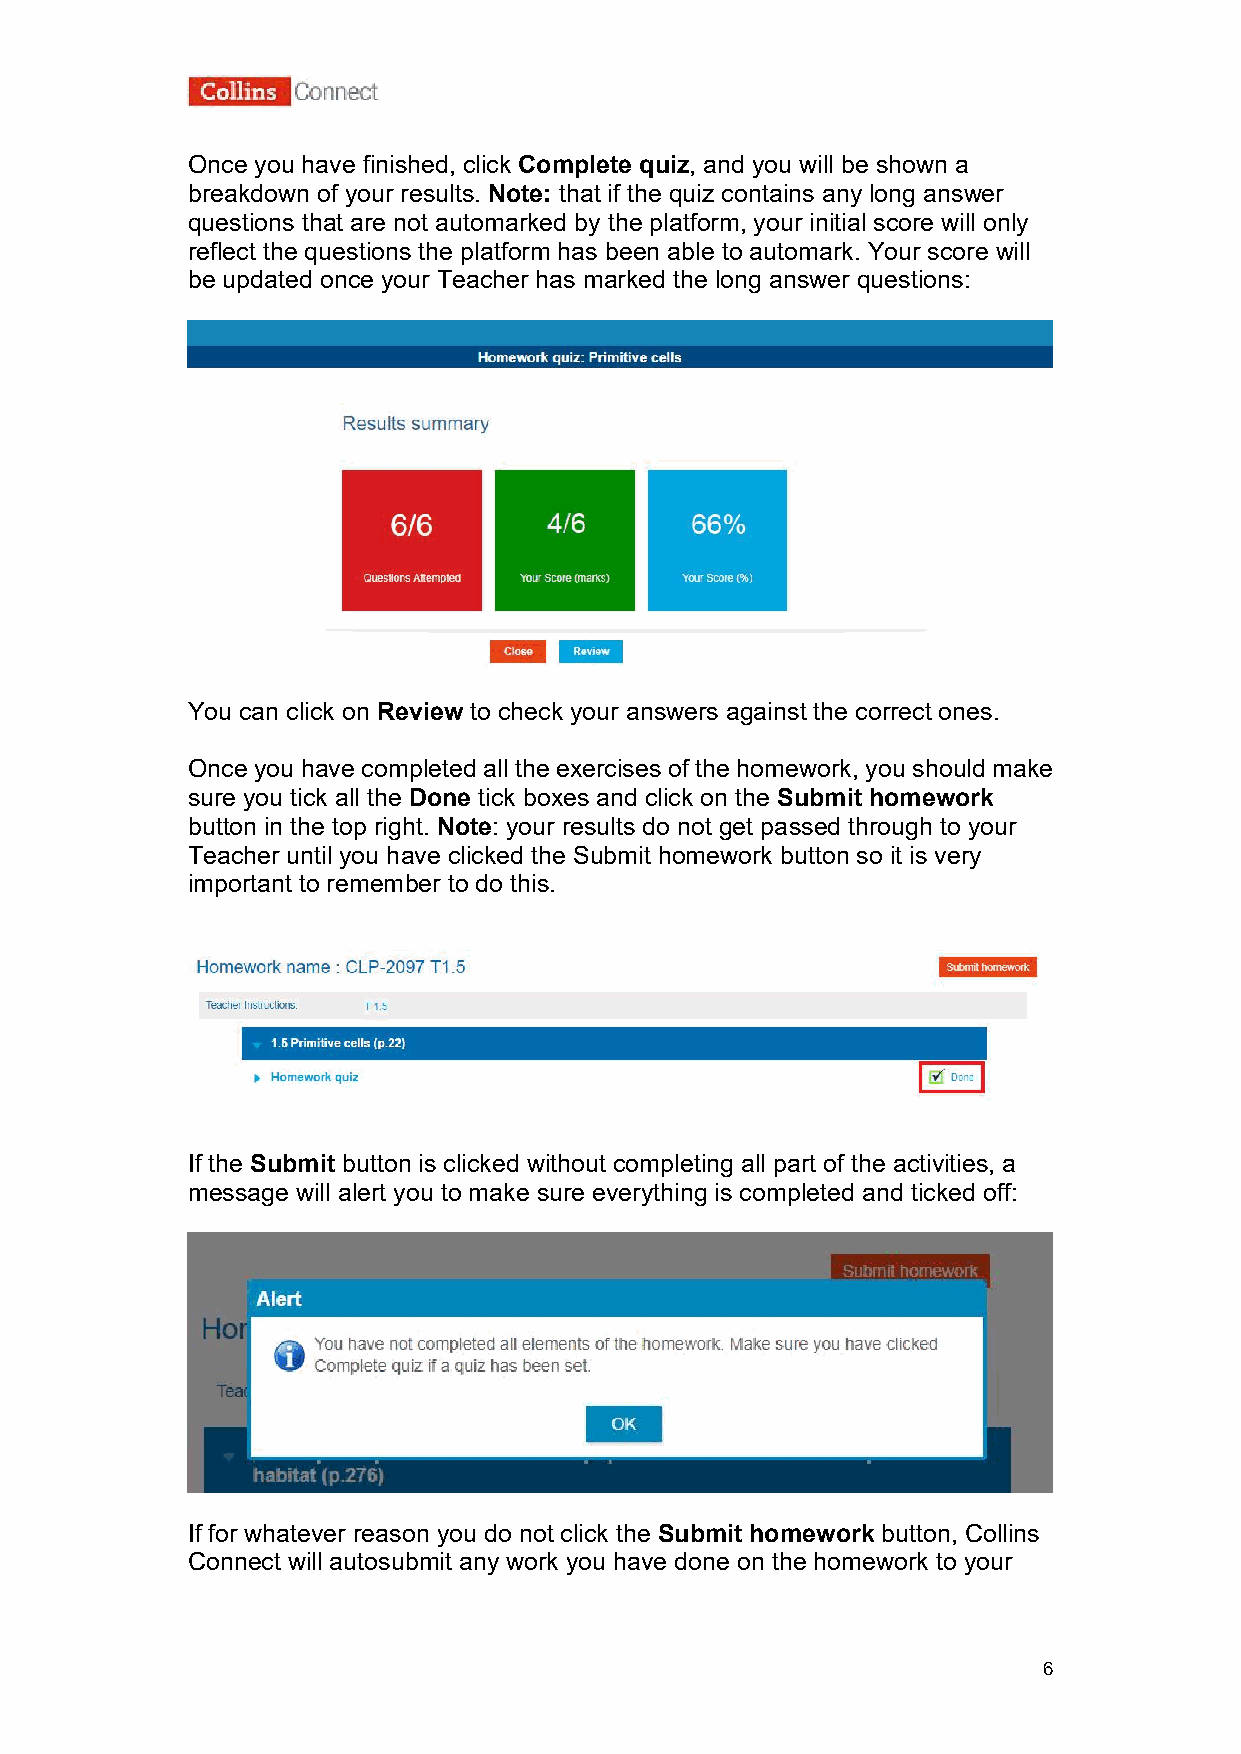
Once you have finished, click Complete quiz, and you will be shown a
 breakdown of your results. Note: that if the quiz contains any long answer
 questions that are not automarked by the platform, your initial score will only
 reflect the questions the platform has been able to automark. Your score will
 be updated once your Teacher has marked the long answer questions:
 You can click on Review to check your answers against the correct ones.
 Once you have completed all the exercises of the homework, you should make
 sure you tick all the Done tick boxes and click on the Submit homework
 button in the top right. Note: your results do not get passed through to your
 Teacher until you have clicked the Submit homework button so it is very
 important to remember to do this.
 If the Submit button is clicked without completing all part of the activities, a
 message will alert you to make sure everything is completed and ticked off:
 If for whatever reason you do not click the Submit homework button, Collins
 Connect will autosubmit any work you have done on the homework to your
 6